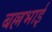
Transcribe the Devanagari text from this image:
बल्लभाई